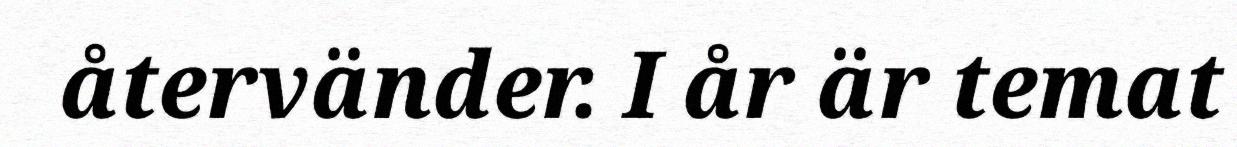
återvänder. I år är temat